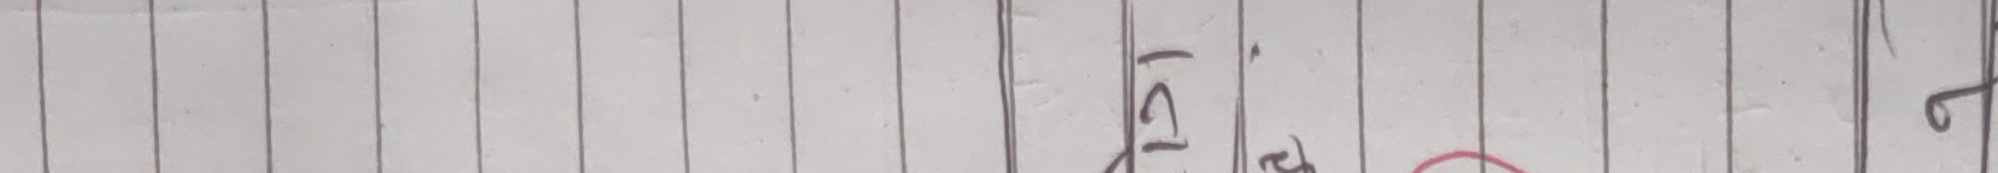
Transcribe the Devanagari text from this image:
केहि